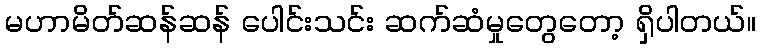
မဟာမိတ်ဆန်ဆန် ပေါင်းသင်း ဆက်ဆံမှုတွေတော့ ရှိပါတယ်။